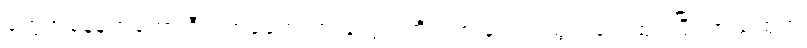
တွေအနေနဲ့ကတော့ ဒီဘတ်ခေတ်ကားတွေအတိုင်း ၈ ခုထည့်သွင်းပေးထားပြီး အသံထွက်